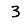
Digit: 3